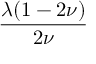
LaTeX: \frac { \lambda ( 1 - 2 \nu ) } { 2 \nu }